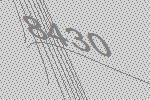
8430